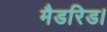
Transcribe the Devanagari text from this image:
मैडरिड।